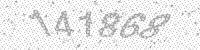
Solution: 141868